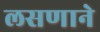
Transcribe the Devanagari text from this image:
लसणाने